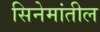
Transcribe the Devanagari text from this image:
सिनेमांतील